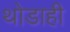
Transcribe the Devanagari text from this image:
थोडाही